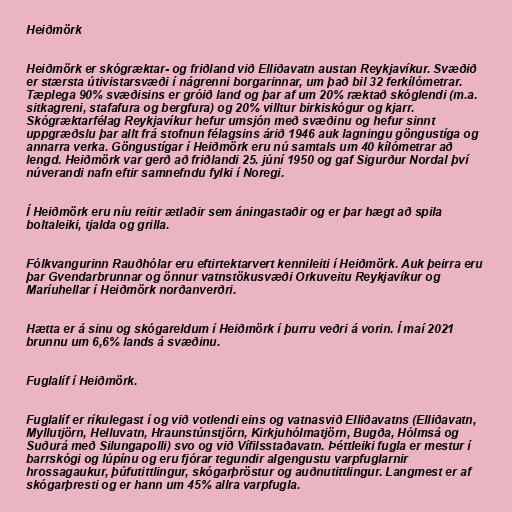
Heiðmörk

Heiðmörk er skógræktar- og friðland við Elliðavatn austan Reykjavíkur. Svæðið
er stærsta útivistarsvæði í nágrenni borgarinnar, um það bil 32 ferkílómetrar.
Tæplega 90% svæðisins er gróið land og þar af um 20% ræktað skóglendi (m.a.
sitkagreni, stafafura og bergfura) og 20% villtur birkiskógur og kjarr.
Skógræktarfélag Reykjavíkur hefur umsjón með svæðinu og hefur sinnt
uppgræðslu þar allt frá stofnun félagsins árið 1946 auk lagningu göngustíga og
annarra verka. Göngustígar í Heiðmörk eru nú samtals um 40 kílómetrar að
lengd. Heiðmörk var gerð að friðlandi 25. júní 1950 og gaf Sigurður Nordal því
núverandi nafn eftir samnefndu fylki í Noregi.

Í Heiðmörk eru níu reitir ætlaðir sem áningastaðir og er þar hægt að spila
boltaleiki, tjalda og grilla.

Fólkvangurinn Rauðhólar eru eftirtektarvert kennileiti í Heiðmörk. Auk þeirra eru
þar Gvendarbrunnar og önnur vatnstökusvæði Orkuveitu Reykjavíkur og
Maríuhellar í Heiðmörk norðanverðri.

Hætta er á sinu og skógareldum í Heiðmörk í þurru veðri á vorin. Í maí 2021
brunnu um 6,6% lands á svæðinu.

Fuglalíf í Heiðmörk.

Fuglalíf er ríkulegast í og við votlendi eins og vatnasvið Elliðavatns (Elliðavatn,
Myllutjörn, Helluvatn, Hraunstúnstjörn, Kirkjuhólmatjörn, Bugða, Hólmsá og
Suðurá með Silungapolli) svo og við Vífilsstaðavatn. Þéttleiki fugla er mestur í
barrskógi og lúpínu og eru fjórar tegundir algengustu varpfuglarnir
hrossagaukur, þúfutittlingur, skógarþröstur og auðnutittlingur. Langmest er af
skógarþresti og er hann um 45% allra varpfugla.